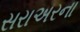
સરાઅરના